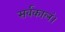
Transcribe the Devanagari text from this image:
सर्वकालं।